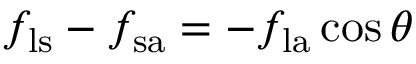
f _ { \mathrm { l s } } - f _ { \mathrm { s a } } = - f _ { \mathrm { l a } } \cos \theta